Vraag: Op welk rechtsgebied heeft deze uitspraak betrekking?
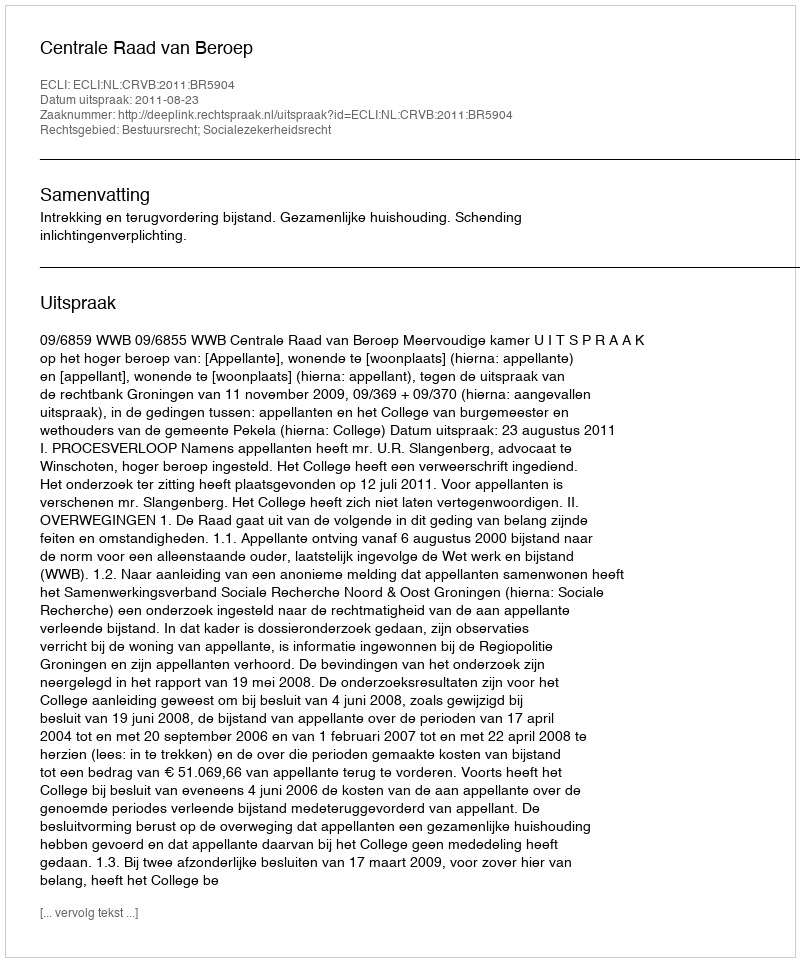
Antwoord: Bestuursrecht; Socialezekerheidsrecht